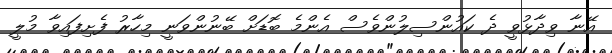
އޭނާ ވިދާޅުވީ ދެ ކައުންސިލުންވެސް އެންމެ ބޮޑަށް ބޭނުންވަނީ މިހާރު ފެށިފައިވާ މުލީ